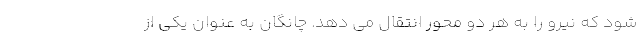
شود که نیرو را به هر دو محور انتقال می دهد. چانگان به عنوان یکی از